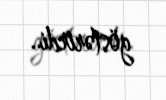
göstərirdi..